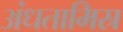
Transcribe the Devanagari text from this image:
अंधतामिस्र